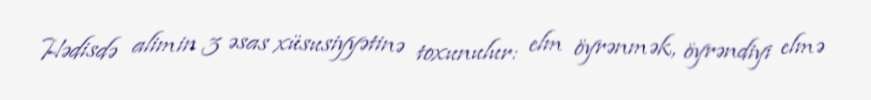
Hədisdə alimin 3 əsas xüsusiyyətinə toxunulur: elm öyrənmək, öyrəndiyi elmə